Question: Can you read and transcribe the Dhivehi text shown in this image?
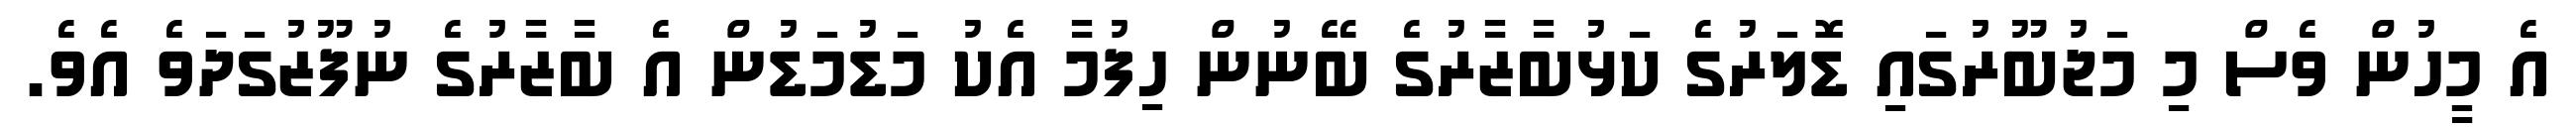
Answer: އެ މީހުން ވެސް މި މަޖުބޫރުގައި ޑޮލަރުގެ ކަޅުބާޒާރުގެ ބޭނުން ހިފުމާ އެކު މަޑުމަޑުން އެ ބާޒާރުގެ ނުފޫޒުގަދަވެ އެވެ.